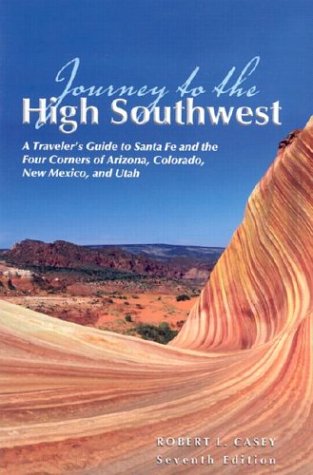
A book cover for Journey to the High Southwest, 7th: A Traveler's Guide to Santa Fe and the Four Corners of Arizona, Colorado, New Mexico, and Utah; Robert L. Casey; Travel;